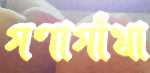
গণাগাঁথা